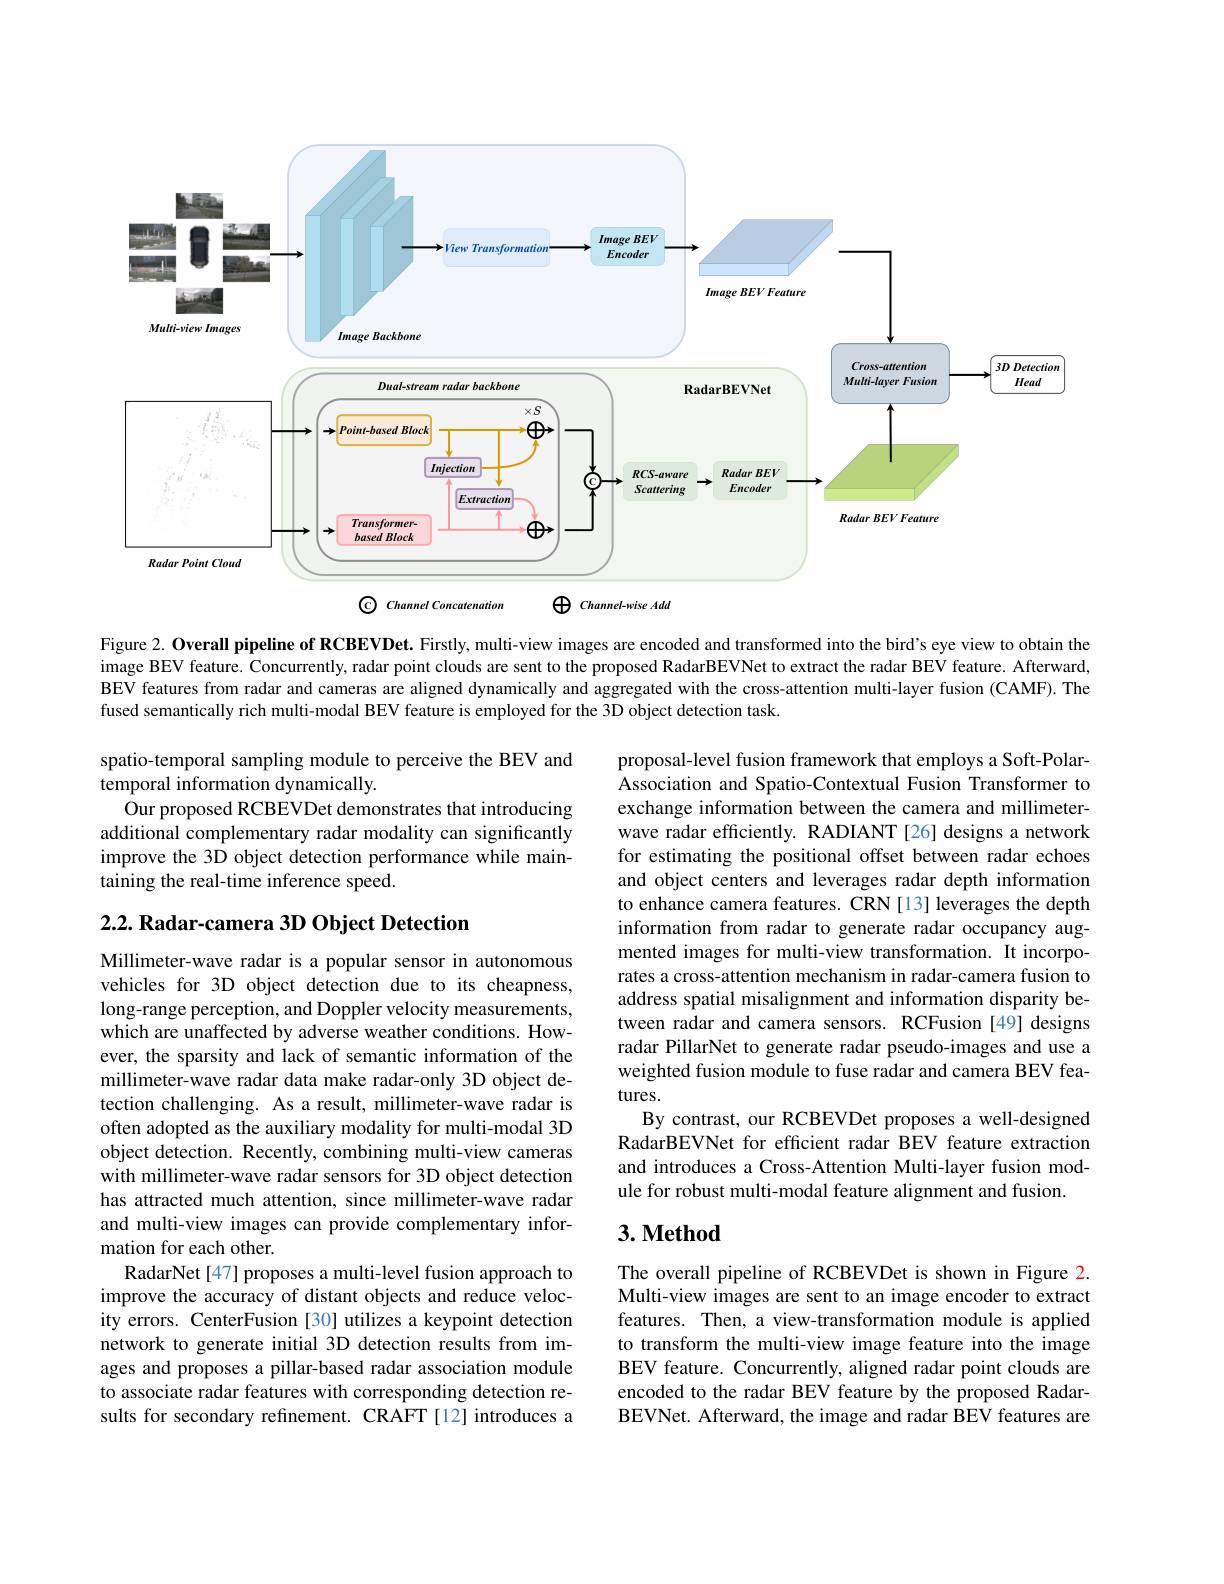
<FigureHere>

Figure 2. Overall pipeline of RCBEVDet. Firstly, multi-view images are encoded and transformed into the bird's eye view to obtain the image BEV feature. Concurrently, radar point clouds are sent to the proposed RadarBEVNet to extract the radar BEV feature. Afterward, BEV features from radar and cameras are aligned dynamically and aggregated with the cross-attention multi-layer fusion (CAMF). The fused semantically rich multi-modal BEV feature is employed for the 3D object detection task.

spatio-temporal sampling module to perceive the BEV and
temporal information dynamically
Our proposed RCBEVDet demonstrates that introducing additional complementary radar modality can significantly improve the 3D object detection performance while maintaining the real-time inference speed.

$2. 2. \textbf{Radar- camera 3D Object Detection}$

proposal-level fusion framework that employs a Soft-PolarAssociation and Spatio-Contextual Fusion Transformer to exchange information between the camera and millimeterwave radar efficiently. RADIANT [26] designs a network for estimating the positional offset between radar echoes and object centers and leverages radar depth information to enhance camera features. CRN [13] leverages the depth information from radar to generate radar occupancy augmented images for multi-view transformation. It incorporates a cross-attention mechanism in radar-camera fusion to address spatial misalignment and information disparity between radar and camera sensors. RCFusion [49] designs radar PillarNet to generate radar pseudo-images and use a weighted fusion module to fuse radar and camera BEV features.
By contrast, our RCBEVDet proposes a well-designed RadarBEVNet for efficient radar BEV feature extraction and introduces a Cross-Attention Multi-layer fusion module for robust multi-modal feature alignment and fusion.

Millimeter-wave radar is a popular sensor in autonomous vehicles for 3D object detection due to its cheapness, long-range perception, and Doppler velocity measurements, which are unaffected by adverse weather conditions. However, the sparsity and lack of semantic information of the millimeter-wave radar data make radar-only 3D object detection challenging. As a result, millimeter-wave radar is often adopted as the auxiliary modality for multi-modal 3D object detection. Recently, combining multi-view cameras with millimeter-wave radar sensors for 3D object detection has attracted much attention, since millimeter-wave radar and multi-view images can provide complementary information for each other.
RadarNet[47] proposes a multi-level fusion approach to improve the accuracy of distant objects and reduce velocity errors. CenterFusion [30] utilizes a keypoint detection network to generate initial 3D detection results from images and proposes a pillar-based radar association module to associate radar features with corresponding detection results for secondary refinement. CRAFT [12] introduces a

## $3. \textbf{Method}$

The overall pipeline of RCBEVDet is shown in Figure 2. Multi-view images are sent to an image encoder to extract features. Then, a view-transformation module is applied to transform the multi-view image feature into the image BEV feature. Concurrently, aligned radar point clouds are encoded to the radar BEV feature by the proposed RadarBEVNet. Afterward, the image and radar BEV features are